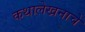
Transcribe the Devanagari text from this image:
कथालेखनाचे